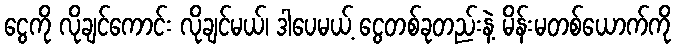
ငွေကို လိုချင်ကောင်း လိုချင်မယ်၊ ဒါပေမယ့် ငွေတစ်ခုတည်းနဲ့ မိန်းမတစ်ယောက်ကို